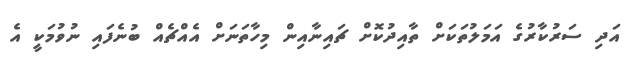
އަދި ސަރުކާރުގެ އަމަލުތަކަށް ތާއިދުކޮށް ޗައިނާއިން މިހާތަނަށް އެއްޗެއް ބުނެފައި ނުވުމަކީ އެ